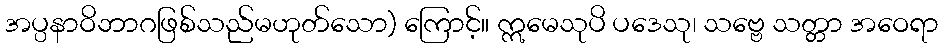
အပ္ပနာဝိဘာဂဖြစ်သည်မဟုတ်သော) ကြောင့်။ ဣမေသုပိ ပဒေသု၊ သဗ္ဗေ သတ္တာ အဝေရာ